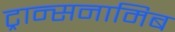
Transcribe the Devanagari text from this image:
ट्रान्सनामिब